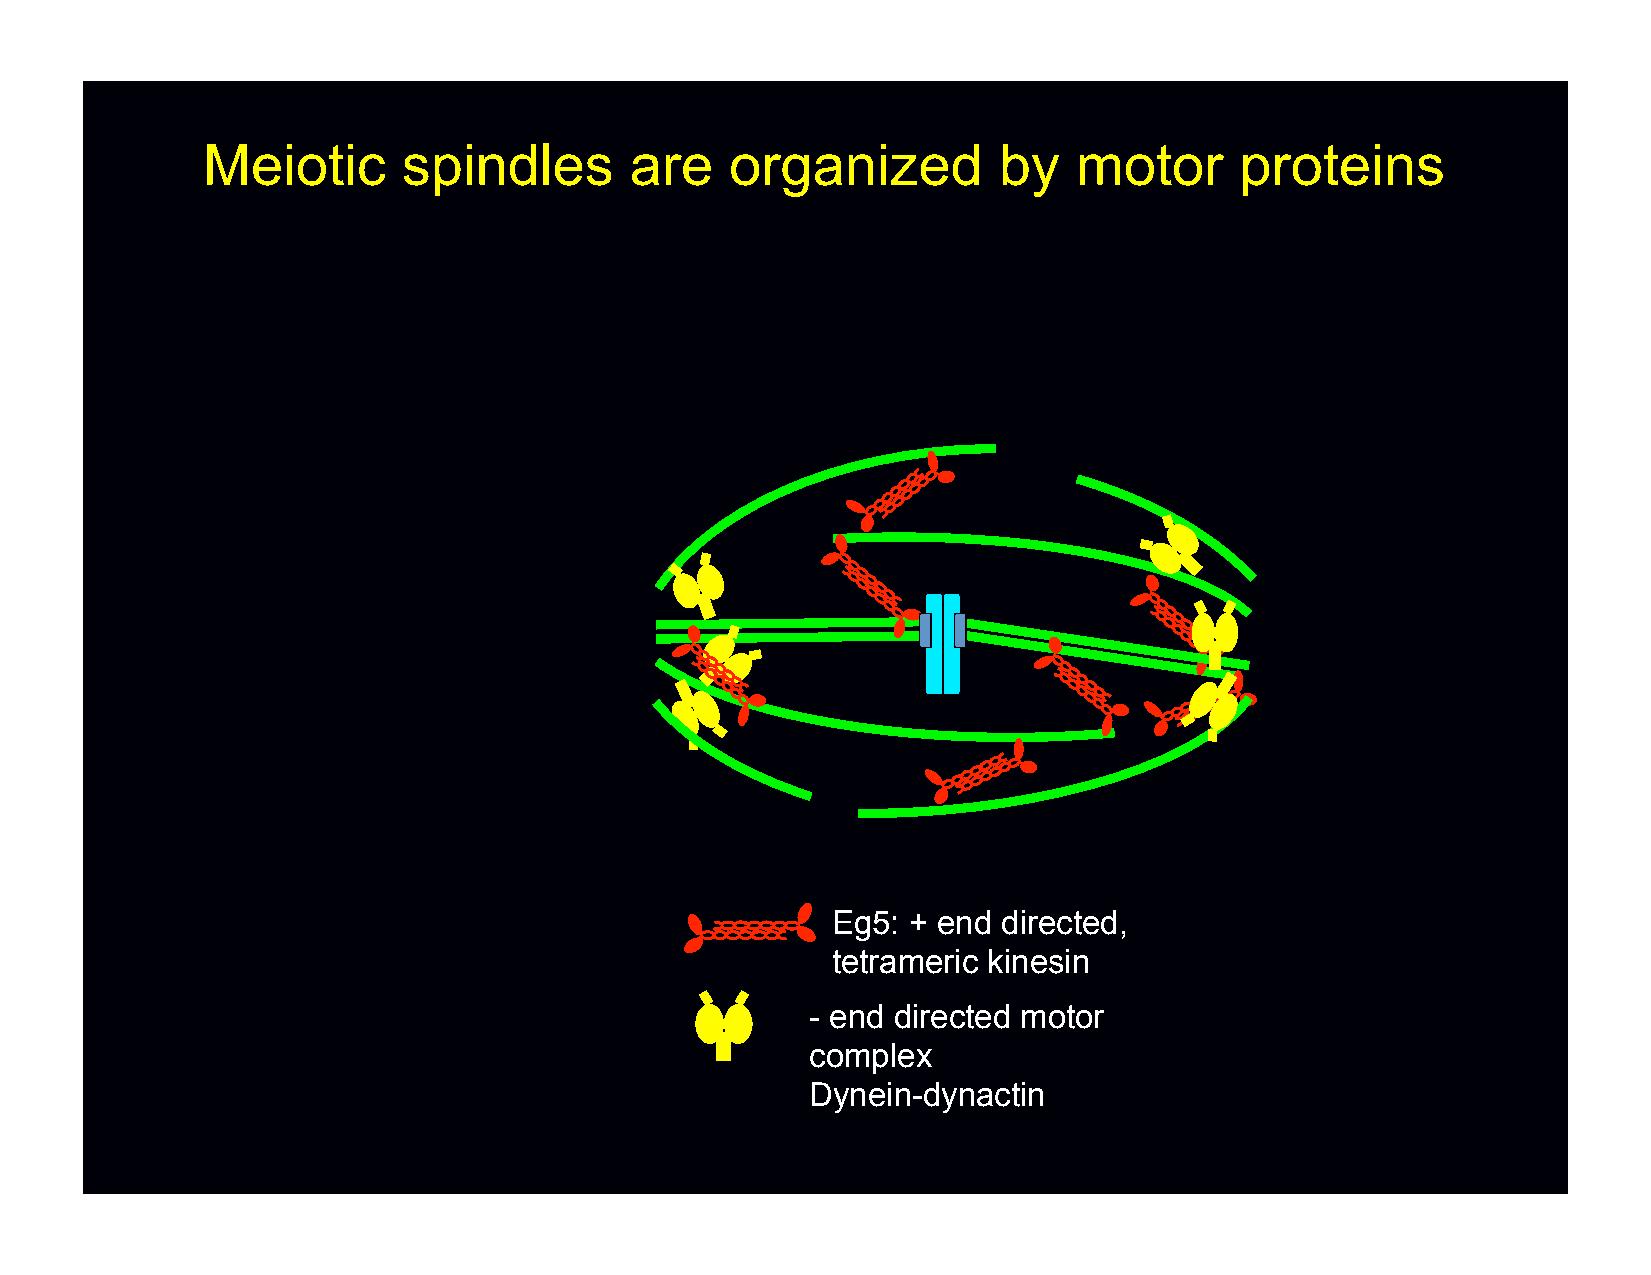
Meiotic       spindles       are   organized         by   motor      proteins
 Eg5: + end directed,
 tetrameric kinesin
 - end directed motor
 complex
 Dynein-dynactin